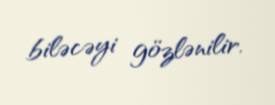
biləcəyi gözlənilir.